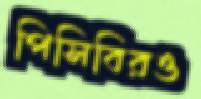
পিসিবিরও